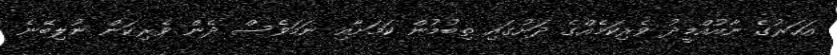
އަހަރުގެ ނާއުއްމީދު ވެރިކަމެއްގެ ދަށުގައި ތިބުމުން ކަމަށާއި ނަމަވެސް ދެން ވެރިކަން ނުލިބޭނެ